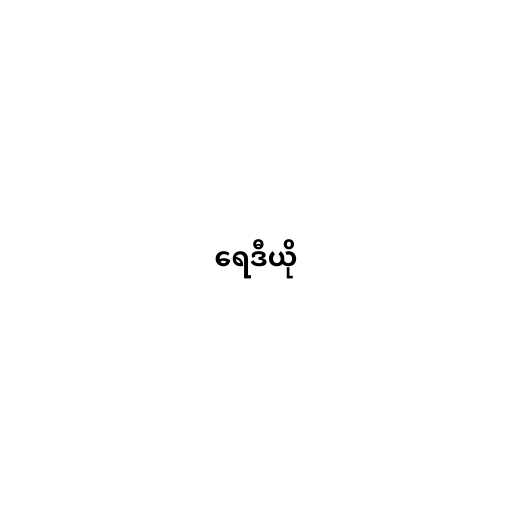
ရေဒီယို